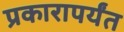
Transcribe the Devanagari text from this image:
प्रकारापर्यंत